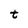
Character: t